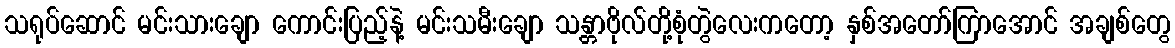
သရုပ်ဆောင် မင်းသားချော ကောင်းပြည့်နဲ့ မင်းသမီးချော သန္တာဗိုလ်တို့စုံတွဲလေးကတော့ နှစ်အတော်ကြာအောင် အချစ်တွေ